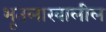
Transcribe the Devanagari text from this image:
भूतलाखालील